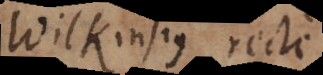
ilkinsius recte